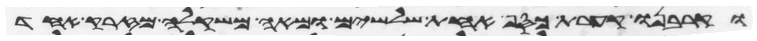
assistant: וקרבנו קערת כסף אחת שלשים ומאה משקלה מזרק אחד